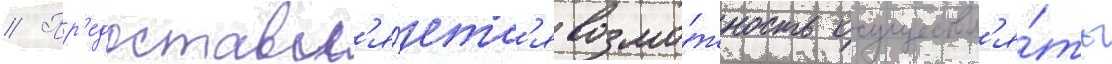
// Пр'едоставл'я́етс'я возмо́жность осуществл'я́ть